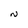
Character: N